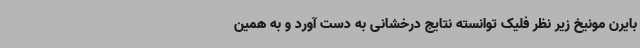
بایرن مونیخ زیر نظر فلیک توانسته نتایج درخشانی به دست آورد و به همین